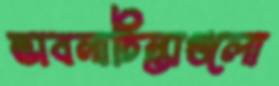
ভাবনাচিন্তাগুলো